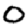
Digit: 0